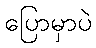
ပြောမှာပဲ